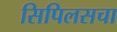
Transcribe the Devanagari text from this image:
सिपिलसचा